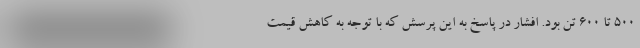
500 تا 600 تن بود. افشار در پاسخ به این پرسش که با توجه به کاهش قیمت